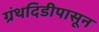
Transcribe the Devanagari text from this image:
ग्रंथदिडीपासून